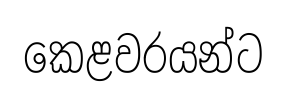
කෙළවරයන්ට